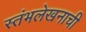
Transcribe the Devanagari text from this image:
स्तंभलेखनाची